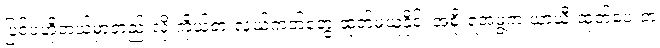
ပြင်ပဟိုတယ်မှာတည်းလို့ ကိုယ်စားလှယ်ကတ်တွေ ထုတ်မယူနိုင်၊ အစိုးရအဖွဲ့က ယာယီ ထုတ်ပေးတဲ့